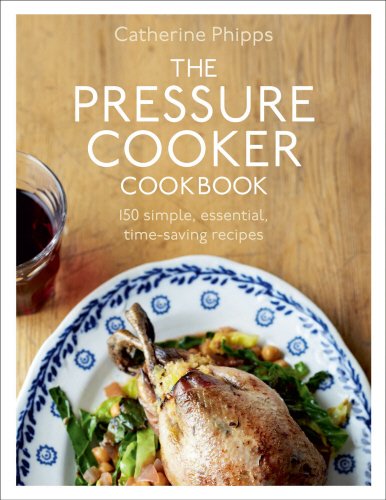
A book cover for The Pressure Cooker Cookbook: Over 150 Simple, Essential, Time-Saving Recipes; Catherine Phipps; Cookbooks, Food & Wine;